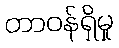
တာဝန်ရှိမှု